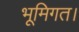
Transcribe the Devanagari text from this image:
भूमिगत।